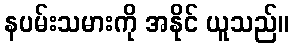
နပမ်းသမားကို အနိုင် ယူသည်။